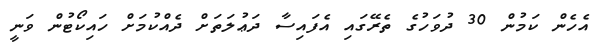
އެހެން ކަމުން 30 ދުވަހުގެ ތެރޭގައި އެފައިސާ ދަޢުލަތަށް ދެއްކުމަށް ހައިކޯޓުން ވަނީ